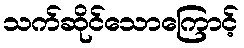
သက်ဆိုင်သောကြောင့်